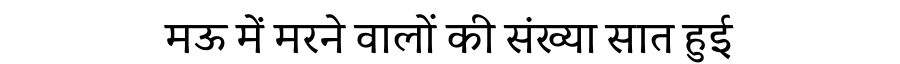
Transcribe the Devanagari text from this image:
मऊ में मरने वालों की संख्या सात हुई